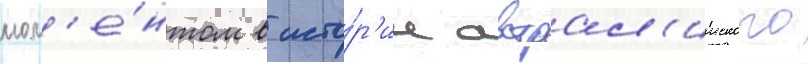
мом'е́нтом в исто́р'ии австрал'ииского